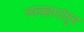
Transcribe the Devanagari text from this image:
व्यवहारांतून